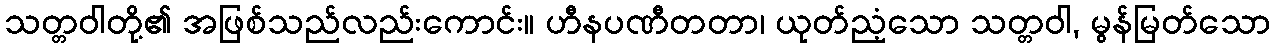
သတ္တဝါတို့၏ အဖြစ်သည်လည်းကောင်း။ ဟီနပဏီတတာ၊ ယုတ်ညံ့သော သတ္တဝါ, မွန်မြတ်သော